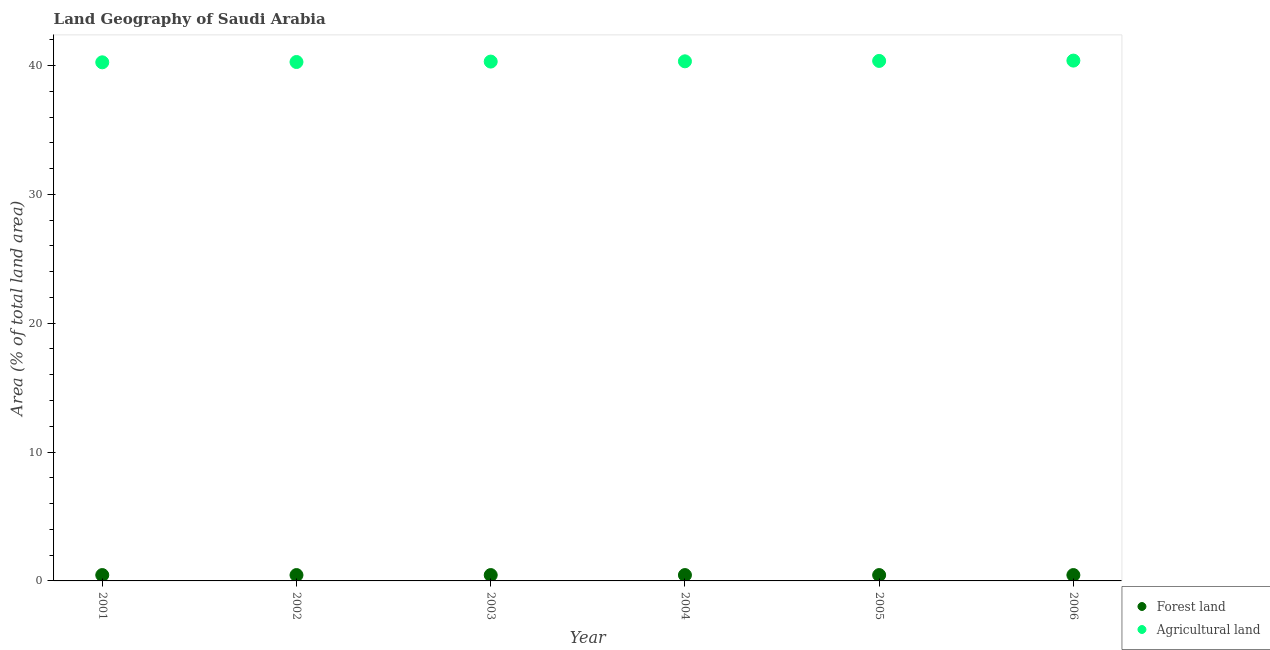
| Year | Forest land | Agricultural land |
 | --- | --- | --- |
 | 2001 | 0.454 | 40.2 |
 | 2002 | 0.454 | 40.3 |
 | 2003 | 0.454 | 40.3 |
 | 2004 | 0.454 | 40.3 |
 | 2005 | 0.454 | 40.4 |
 | 2006 | 0.454 | 40.4 |